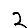
Digit: 2